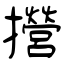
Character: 攚